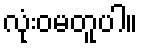
လုံးဝမတူပါ။